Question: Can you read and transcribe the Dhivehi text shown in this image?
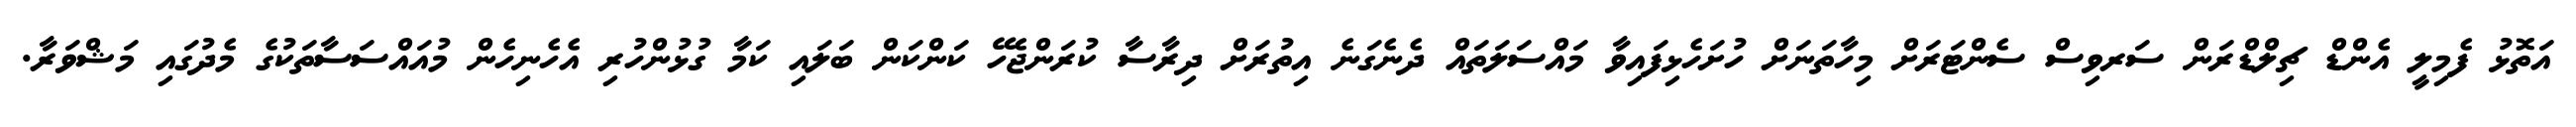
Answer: އަތޮޅު ފެމިލީ އެންޑް ޗިލްޑްރަން ސަރވިސް ސެންޓަރަށް މިހާތަނަށް ހުށަހެޅިފައިވާ މައްސަލަތައް ދެނެގަނެ އިތުރަށް ދިރާސާ ކުރަންޖެހޭ ކަންކަން ބަލައި ކަމާ ގުޅުންހުރި އެހެނިހެން މުއައްސަސާތަކުގެ މެދުގައި މަޝްވަރާ.